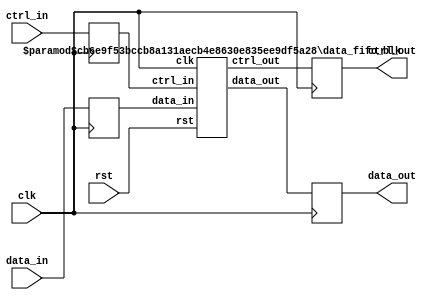
`timescale 1ns / 1ns
//////////////////////////////////////////////////////////////////////////////////
// Company: 
// 
// Design Name:    
// Module Name:    Data Buffer 
// Project Name:   TAPAS
// Target Devices: 
// Tool versions: 
// Description: 
//
// Dependencies: 
//
// Revision: 
// Revision 0.01 - File Created
// Additional Comments: 
// 3/13 wrong output of ctrl_out, two methods:1. write into RAM 2. keep good input
//
//////////////////////////////////////////////////////////////////////////////////
module data_fifo_wrapper(
clk,
rst,
data_in,
data_out,
ctrl_in,
ctrl_out);
parameter DATA_WIDTH = 32;

input clk,rst,ctrl_in;
input[DATA_WIDTH-1:0] data_in;
output reg[DATA_WIDTH-1:0] data_out;
output reg ctrl_out;

reg[DATA_WIDTH-1:0] data_in_reg;
reg ctrl_in_reg;
wire[DATA_WIDTH-1:0] dout;
wire ctl_out;

data_fifo_blk #(1,DATA_WIDTH,2) fifo_a(clk,rst,data_in_reg,dout,ctrl_in_reg,ctl_out);

always@(posedge clk)
begin
  data_in_reg <= data_in;
	ctrl_in_reg <= ctrl_in;
	data_out <= dout;
	ctrl_out <= ctl_out;
end

endmodule



module data_fifo_distRAM(
clk,
rst,
data_in,
data_out,
ctrl_in,
ctrl_out);
parameter RD_OFFSET = 2'b00;       
parameter DATA_WIDTH = 32;         
parameter ADDR_WIDTH = 2;          
parameter PROBLEM_SIZE = 16;       
parameter UPDATE_OFFSET = 1'b1;    


parameter UPDATE_DISTANCE = 1'b1;       
parameter WIDTH_COUNTER = 1;            
parameter VALUE_FLAG_COUNTER = 1'b0;    
parameter DEPTH = 1<<ADDR_WIDTH;   
integer i;

input  clk, rst, ctrl_in;
input [DATA_WIDTH-1:0] data_in;
output reg[DATA_WIDTH-1:0] data_out;
output reg ctrl_out;
  
///////////////////////Use Dist RAM Here/////////////////////////////////////////////
reg wen, addr_offset;  //addr_offset = flag of addition or subtraction
reg[ADDR_WIDTH-1:0] addr;
reg[WIDTH_COUNTER-1:0] counter;
reg flag_counter;
reg ctrl_tmp[3:0];

wire[DATA_WIDTH-1:0] din;
wire[DATA_WIDTH-1:0] dout;

assign din = data_in;
dist_ram #(DATA_WIDTH,ADDR_WIDTH) ram(clk,wen,addr,din,dout);

/////////////address update/////////////////////////
wire[ADDR_WIDTH-1:0] addr_update;
assign addr_update = ((addr_offset) ?(addr+UPDATE_OFFSET) :(addr-UPDATE_OFFSET));  

always@(posedge clk)
begin
  if(rst) begin
		wen <= 1'b0;
		addr <= 2'b11;   	
		addr_offset <= 1'b1;
		counter <= 0;
		flag_counter <= VALUE_FLAG_COUNTER;
	end
	else begin
	   data_out <= dout;	   
	   counter <= ((flag_counter==1'b1) ?(counter + 1) :counter);
		if(ctrl_in) begin
		  wen <= 1;
		  addr <= (!addr_offset) ?(addr-RD_OFFSET-((PROBLEM_SIZE/8)-1)) :(addr+RD_OFFSET+1);  
		  addr_offset <= ~addr_offset;
		  counter <= 0;
		end else if(counter == UPDATE_DISTANCE) begin   
		  addr <= addr_update + 1;
		end
		else   // when N=16, addr +/- 1, When N=64, addr +/- 4
		  addr <= addr_update;
		///////////////////////////address update///////////////////////		
		ctrl_tmp[0] <= ctrl_in;
		for(i=0; i<3; i=i+1)
		  ctrl_tmp[i+1] <= ctrl_tmp[i];
		ctrl_out <= ctrl_tmp[3];
	end
end

endmodule

//////////////////////////////////////////////////////////////
module dist_ram(
clk,
wen,
addr,
din,
dout
);
parameter DATA_WIDTH = 32;
parameter ADDR_RAM = 2;
parameter SIZE_RAM = 1<<ADDR_RAM;

input clk,wen;
input[ADDR_RAM-1:0] addr;
input[DATA_WIDTH-1:0] din;
output[DATA_WIDTH-1:0] dout;

reg[DATA_WIDTH-1:0] ram[SIZE_RAM-1:0];

always@(posedge clk)
begin
  if(wen)
	  ram[addr] <= din;
end

assign dout = ram[addr];

integer i;
initial begin
for(i=0; i<SIZE_RAM; i=i+1)
begin
  ram[i] = 0;
end
end
endmodule


module data_fifo_blk(
clk,
rst,
data_in,
data_out,
ctrl_in,
ctrl_out,
addr);
  parameter RD_OFFSET = 2'b00;      
  parameter DATA_WIDTH = 32;        
  parameter ADDR_WIDTH = 2;         
  parameter PROBLEM_SIZE = 16;      
  // UPDATE_OFFSET: stride? P_i in the paper?
  parameter UPDATE_OFFSET = 1'b1;   

  parameter UPDATE_DISTANCE = 1'b1;      
  parameter WIDTH_COUNTER = 1;           
  parameter VALUE_FLAG_COUNTER = 1'b0;   
  parameter DEPTH = 1<<ADDR_WIDTH;   

  integer i;

  input  clk, rst, ctrl_in;
  input [DATA_WIDTH-1:0] data_in;
  output [DATA_WIDTH-1:0] data_out;
  output reg ctrl_out;
  output reg [ADDR_WIDTH-1:0] addr;
  ///////////////////////Use Bram Here/////////////////////////////////////////////
  reg wen, addr_offset;  
  //reg[ADDR_WIDTH-1:0] addr;
  reg[WIDTH_COUNTER-1:0] counter;
  reg flag_counter;
  reg ctrl_tmp[3:0];
  wire[DATA_WIDTH-1:0] din;
  wire[DATA_WIDTH-1:0] dout;

  assign din = data_in;
  blk_ram #(DATA_WIDTH,ADDR_WIDTH) ram(clk,wen,1'b1,addr,din,dout);

  /////////////address update/////////////////////////
  wire[ADDR_WIDTH-1:0] addr_update;
  assign addr_update = ((addr_offset) ?(addr+UPDATE_OFFSET) :(addr-UPDATE_OFFSET));  

  always@(posedge clk)
  begin
    if(rst) begin
      wen <= 1'b0;
      addr <= 2'b11;         
      addr_offset <= 1'b1;
      counter <= 0;
      flag_counter <= VALUE_FLAG_COUNTER;
    end
    else begin
      counter <= ((flag_counter==1'b1) ?(counter + 1) :counter);
      if(ctrl_in) begin
        wen <= 1;
        addr <= (!addr_offset) ?(addr-RD_OFFSET-((PROBLEM_SIZE/8)-1)) :(addr+RD_OFFSET+1);  
        addr_offset <= ~addr_offset;
        counter <= 0;
      end else if(counter == UPDATE_DISTANCE) begin   
        addr <= addr_update + 1;
      end
      else   
        addr <= addr_update;
        ///////////////////////////address update///////////////////////		
      ctrl_tmp[0] <= ctrl_in;
      for(i=0; i<3; i=i+1)
        ctrl_tmp[i+1] <= ctrl_tmp[i];
      ctrl_out <= ctrl_tmp[3];
    end
end

assign data_out = dout;
endmodule


module blk_ram(
clk,
wen,
en,
addr,
din,
dout
);
  parameter DATA_WIDTH = 16;
  parameter ADDR_RAM = 11;
  parameter SIZE_RAM = 1<<ADDR_RAM;

  input clk,wen,en;
  input[ADDR_RAM-1:0] addr;
  input[DATA_WIDTH-1:0] din;
  output reg[DATA_WIDTH-1:0] dout;

  reg[DATA_WIDTH-1:0] ram[SIZE_RAM-1:0];

  always@(posedge clk)
  begin
    if(en)   //enable signal
    begin     // the write before read design
      if(wen)
        ram[addr] <= din;
      dout <= ram[addr];
    end
  end

  integer i;
  initial begin
  for(i=0; i<SIZE_RAM; i=i+1)
  begin
    ram[i] = 0;
  end
  end
endmodule